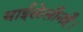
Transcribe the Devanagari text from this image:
थाईलेसीनहै।